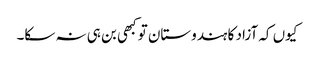
کیوں کہ آزاد کا ہندوستان تو کبھی بن ہی نہ سکا۔